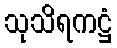
သုသိရကဋ္ဌံ